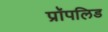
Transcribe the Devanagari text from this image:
प्रॉपलिड